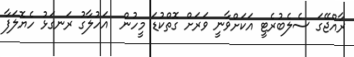
ރާއްޖޭގަ ސެލެބުރެޓީ އަކަށްވާނީ ވަރަށް ގޮތްކުޑަ މީހުން  އަހުލާގު ރަނގަޅު ހެޔޮލަފާ